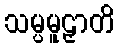
သမ္ပမူဠှာတိ